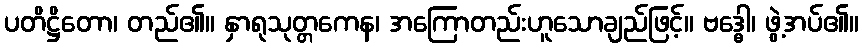
ပတိဋ္ဌိတော၊ တည်၏။ နှာရုသုတ္တကေန၊ အကြောတည်းဟူသောချည်ဖြင့်။ ဗဒ္ဓေါ၊ ဖွဲ့အပ်၏။